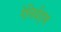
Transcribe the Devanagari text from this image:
रेसिदेंट्स